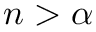
n > \alpha